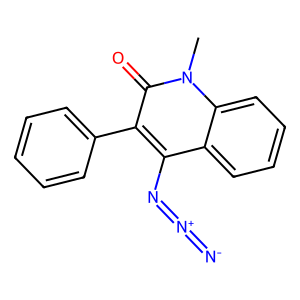
SMILES: Cn1c(=O)c(-c2ccccc2)c(N=[N+]=[N-])c2ccccc21
Inhibits HIV replication: No